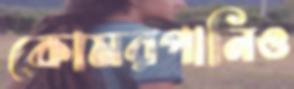
কোমরপানিও